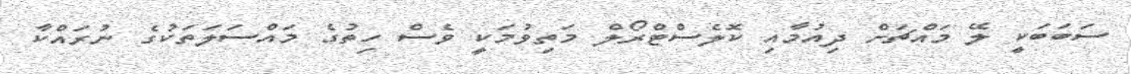
ސަބަބަކީ ލޭ މައްޗަށް ދިއުމާއި ކޮލެސްޓްރޯލް މަތިވުމަކީ ވެސް ހިތުގެ މައްސަލަތަކުގެ ނުރައްކާ